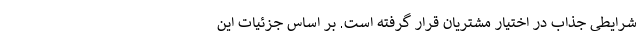
شرایطی جذاب در اختیار مشتریان قرار گرفته است. بر اساس جزئیات این